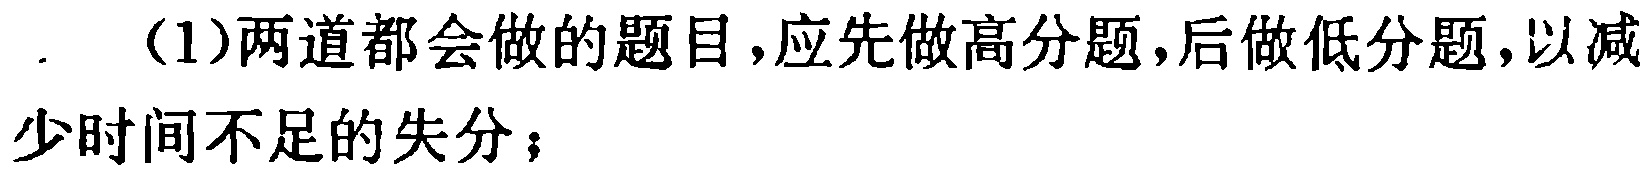
（1）两道都会做的题目，应先做高分题，后做低分题，以减少时间不足的失分；